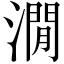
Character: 㵎